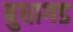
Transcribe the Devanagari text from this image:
बुधागड